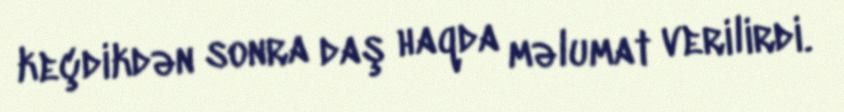
keçdikdən sonra daş haqda məlumat verilirdi.